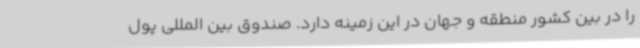
را در بین کشور منطقه و جهان در این زمینه دارد. صندوق بین المللی پول